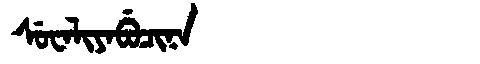
Manchu: ᠰᡠᠸᠠᠯᡳᠶᠠᠪᡠᠴᡳᠨᠠ
Romanization: SUWALIYABUCINA